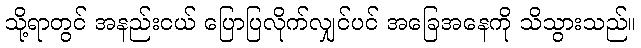
သို့ရာတွင် အနည်းငယ် ပြောပြလိုက်လျှင်ပင် အခြေအနေကို သိသွားသည်။